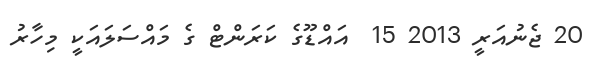
20 ޖެނުއަރީ 2013 15  އައްޑޫގެ ކަރަންޓް ގެ މައްސަލައަކީ މިހާރު